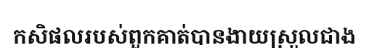
កសិផលរបស់ពួកគាត់បានងាយស្រួលជាង